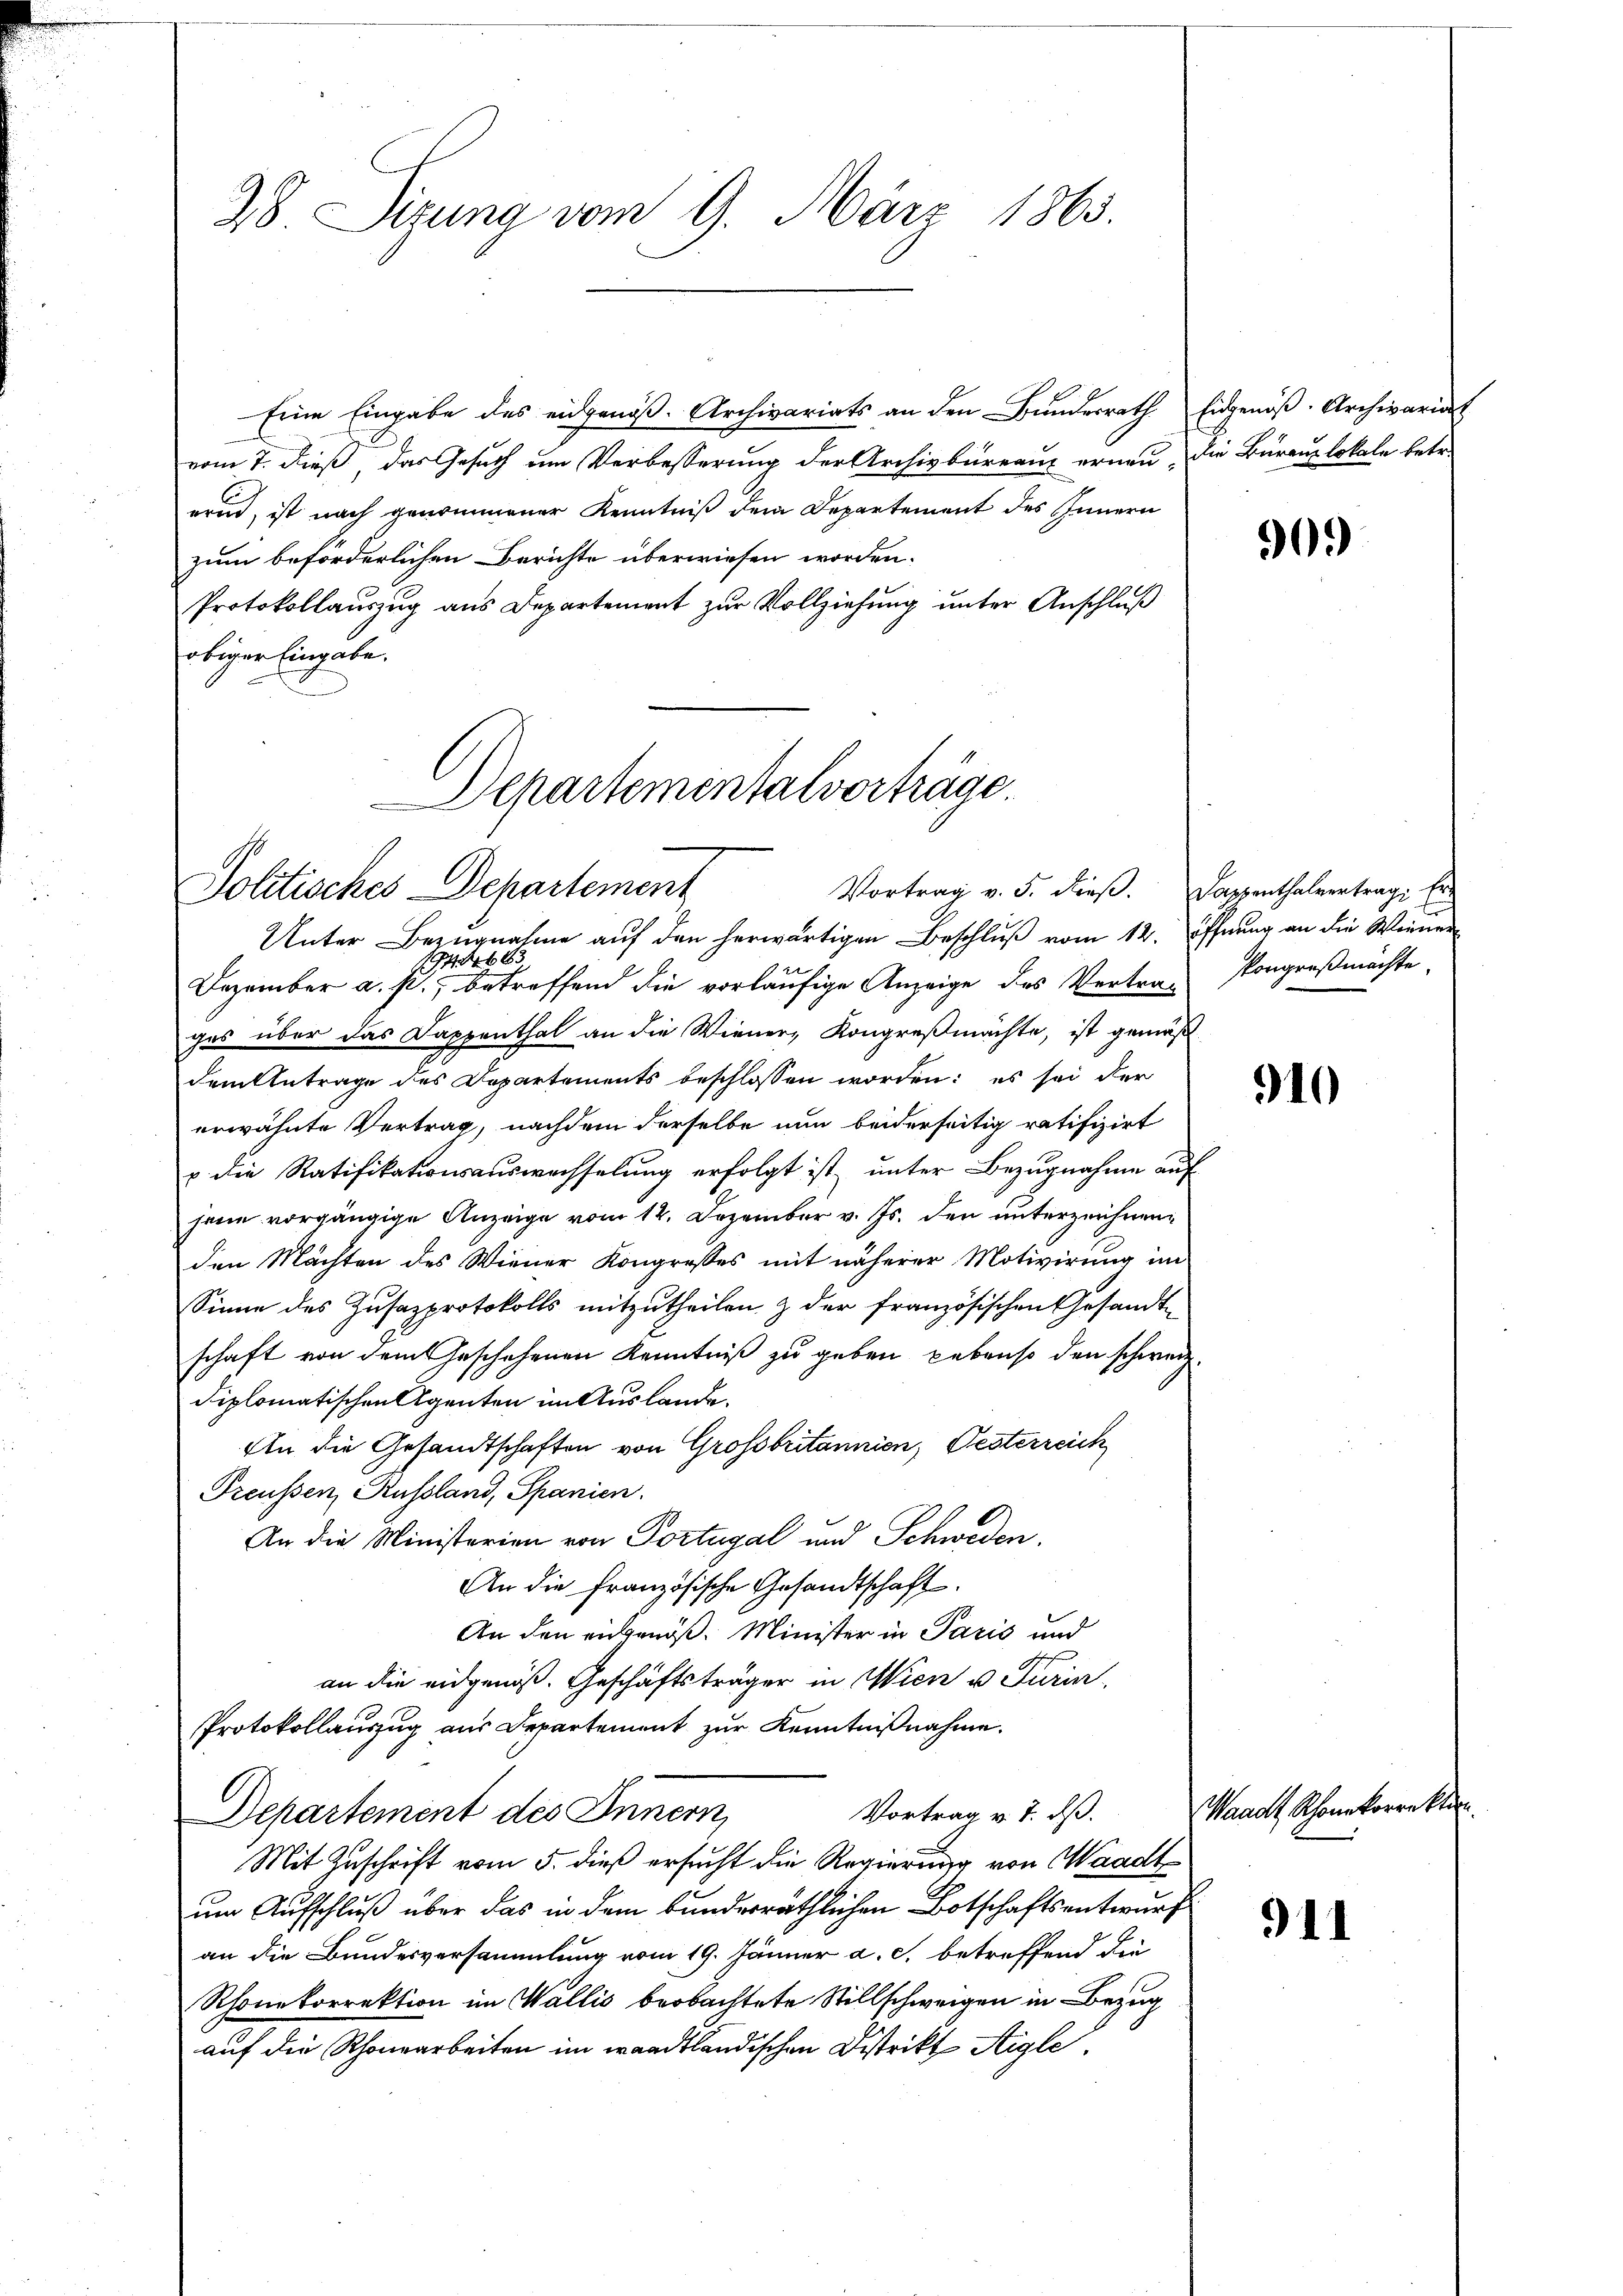
Eine Eingabe des eidgenöß. Archivariats an den Bundesrath. Eidgenöß-Archivariat
vom 7. dieß das Gesuch um Verbesserung der Archivbüreaus ernau. Die Bäranslokale betr.
erud, ist nach genommener Kenntniß dem Departement des Innern
zum beforderlichen Berichte überwiesen worden.
Protokollauszug aus Departement zur Vollziehung unter Anschluß
obiger Eingabe.

Departementalvorträge.
Politisches Departement

28. Sizung vom 9. März 1863.

Vortrag v. 5. dieß. Dappenthalvertrage Er-

Unter Bezŭgnahme aŭf den herwärtigen Beschlŭβ vom 12. Öffnung an die Wiener
1944663
e
Dezember a. p. betreffend die vorläufige Anzeige des Vertrag
ges über das Dappenthal an die Wiener, Kongreßmächte, ist gemäß
dem Antrage des Departements beschlossen worden: es sei der
erwähnte Vertrag, nachdem derselbe nun beiderseitig ratifizirt
u die Ratifikationsauswechselung erfolgt ist unter Bezugnahme auf
jene vorgängige Anzeige vom 12. Dezember v. Js. den unterzeichnen
den Mächten des Wiener Kongresses mit näherer Motivirung im
Sinne des Zusazprotokolls mitzutheilen & der französischen Gesandt
schaft von dem Geschehenen Kenntniß zu geben Lebenso den schweiz.
diplomatischen Agenten im Auslande.
An die Gesandtschaften von Grossbritannien, Pesterreich
Preußen Russland, Spanien.
An die Ministerien von Portugal und Schweden.
An die französische Gesandtschaft
An den eingenoß. Minister in Paris und
an die eidgenöß. Geschäftsträger in Wien u. Turin
Protokollauszug aus Departement zur Kenntnißnahme.
Vortrag v. J. dß.
Departement des Innern,
Mit Zuschrift vom 5. dieß ersucht die Regierung von Waadt
um Aufschluß über das in dem bunderräthlichen Botschaftsentwurf
an die Bundesversammlung vom 19. Jänner a. c. betreffend die
Rhonekorrektion im Wallis beobachtete Stillschweigen in Bezug
auf die Rhonearbeiten im waadtländischen Distrikt Aigle,

0)

kongreßmächte.

910

Waadt Schonkorrekti

911